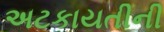
અટકાયતીની